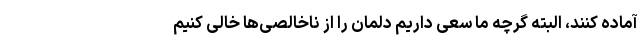
آماده کنند، البته گرچه ما سعی داریم دلمان را از ناخالصی‌ها خالی کنیم